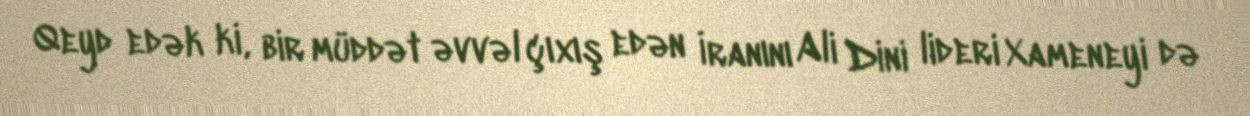
Qeyd edək ki, bir müddət əvvəl çıxış edən İranını Ali Dini lideri Xameneyi də